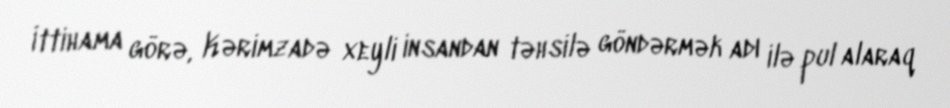
İttihama görə, Kərimzadə xeyli insandan təhsilə göndərmək adı ilə pul alaraq